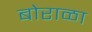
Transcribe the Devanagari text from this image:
बोराळा